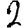
Digit: 2